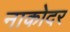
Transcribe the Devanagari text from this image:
नाकोदर